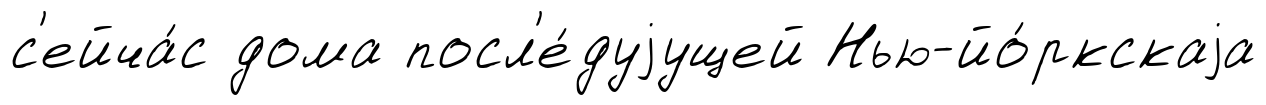
с'ейча́с дома посл'е́дуjущей Нью-йо́ркскаjа